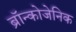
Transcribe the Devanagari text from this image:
ब्रॉन्कोजेनिक